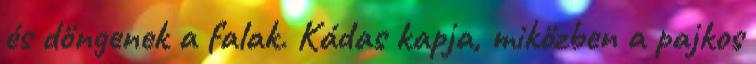
és döngenek a falak. Kádas kapja, miközben a pajkos